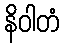
နိဝါတံ